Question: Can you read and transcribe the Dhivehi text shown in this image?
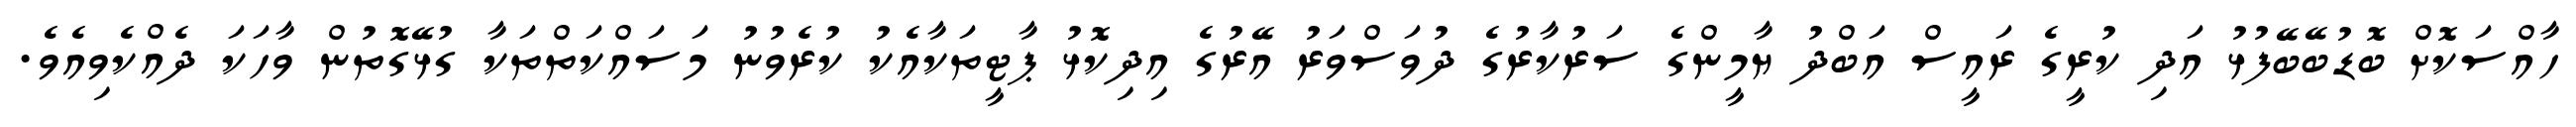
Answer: ހާއްސަކޮށް ބޮޑުބޭބޭފުޅު އަދި ކުރީގެ ރައީސް އަބްދު ޔާމީންގެ ސަރުކާރުގެ ދުވަސްވަރު އޭރުގެ އިދިކޮޅު ޕާޓީތަކާއެކު ކުރެވުނު މަސައްކަތްތަކާ ގުޅޭގޮތުން ވާހަކަ ދެއްކެވިއެވެ.